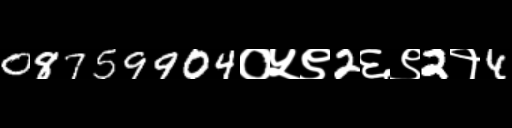
Text: 08759904०५९2६९2१4